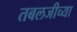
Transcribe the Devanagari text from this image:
तबलजीच्या